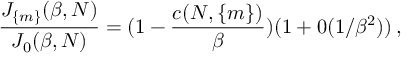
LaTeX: \frac { J _ { \{ m \} } ( \beta , N ) } { J _ { 0 } ( \beta , N ) } = ( 1 - \frac { c ( N , \{ m \} ) } { \beta } ) ( 1 + 0 ( 1 / \beta ^ { 2 } ) ) \, ,